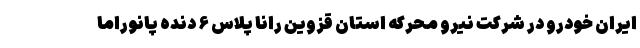
ایران خودرو در شرکت نیرو محرکه استان قزوین رانا پلاس ۶ دنده پانوراما